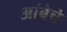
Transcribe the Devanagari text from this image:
आंबेचे